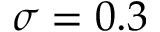
\sigma = 0 . 3